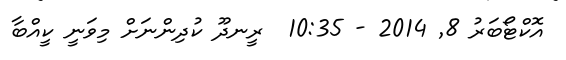
އޮކްޓޯބަރު 8